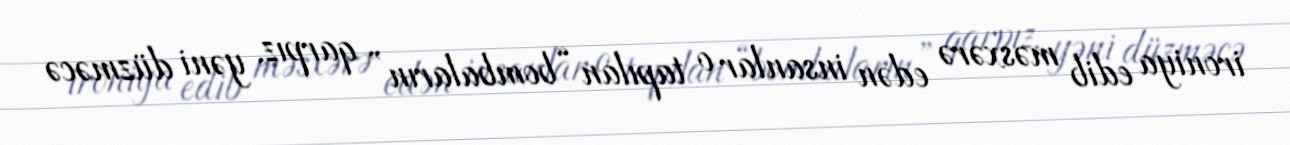
ironiya edib məsxərə edən insanlar o tapılan “bombaların” qarpız, yəni düzməcə